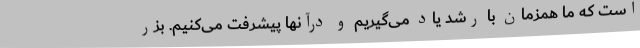
است که ما همزمان با رشد یاد می‌گیریم و درآنها پیشرفت می‌کنیم. بزر